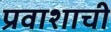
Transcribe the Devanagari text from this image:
प्रवाशाची